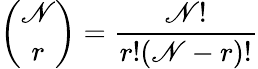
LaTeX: {\binom{\mathscr{N}}{r}}={\frac{{\mathscr{N}!}}{{r!(\mathscr{N}-r)!}}}